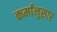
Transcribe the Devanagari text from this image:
कर्मांनुसार